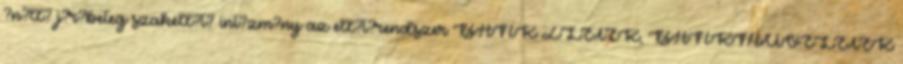
?n?ll? j?r?beteg szakell?t? int?zm?ny az ell?t?rendszer BANK ZLETEK, BANKMUVELETEK